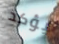
يؤكد